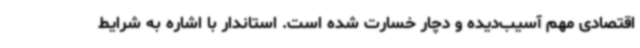
اقتصادی مهم آسیب‌دیده و دچار خسارت شده است. استاندار با اشاره به شرایط